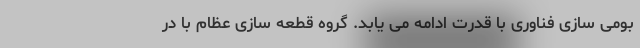
بومی سازی فناوری با قدرت ادامه می یابد. گروه قطعه سازی عظام با در